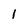
Character: 1